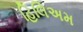
હિલિઅમ